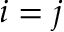
i = j